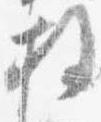
拝